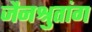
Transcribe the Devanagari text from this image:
जैनश्रुतांग